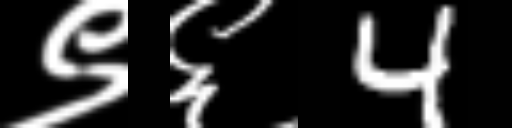
Text: ९६4